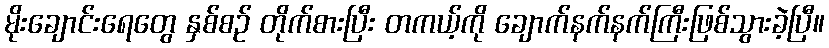
မိုးချောင်းရေတွေ နှစ်စဉ် တိုက်စားပြီး တကယ့်ကို ချောက်နက်နက်ကြီးဖြစ်သွားခဲ့ပြီ။